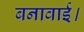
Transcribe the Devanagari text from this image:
बनावाई।